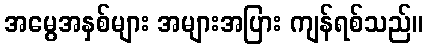
အမွေအနှစ်များ အများအပြား ကျန်ရစ်သည်။